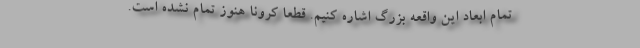
تمام ابعاد این واقعه بزرگ اشاره کنیم. قطعا کرونا هنوز تمام نشده است.